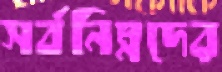
সর্বনিম্নদের